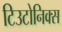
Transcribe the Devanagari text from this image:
टिउटोनिक्स